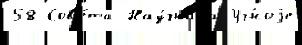
58 Сов'е́та Нау́чнаjа Уч́ноjе